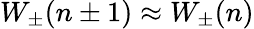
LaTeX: W_{\pm}(n\pm 1)\approx W_{\pm}(n)